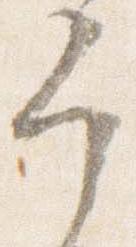
宰